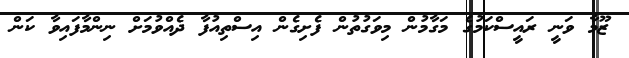
ޒޫމާ ވަނީ ރައީސްކަމުގެ މަގާމުން މިވަގުތުން ފެށިގެން އިސްތިއުފާ ދެއްވުމަށް ނިންމާފައިވާ ކަން